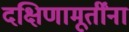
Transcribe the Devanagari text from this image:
दक्षिणामूर्तींना